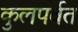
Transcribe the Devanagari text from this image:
कुलपर्वत